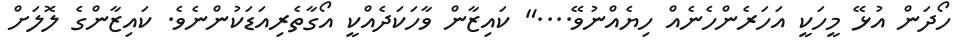
ހޯދަން އުޅޭ މީހަކީ އަހަރެންހެނެއް ހިޔެއްނުވޭ...." ކައިޒާން ވާހަކަދެއްކީ އޯގާތެރިއަޑަކުންނެވެ. ކައިޒާންގެ ލޮލަށް